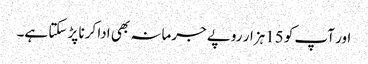
اور آپ کو 15ہزار روپے جرمانہ بھی ادا کرنا پڑ سکتا ہے۔